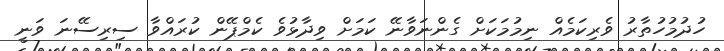
ހުދުމުހުތާރު ވެރިކަމެއް ނިމުމަކަށް ގެންނަވާނޭ ކަމަށް ވިދާޅުވެ ކެމްޕޭން ކުރައްވާ ސިރިސޭނަ ވަނީ